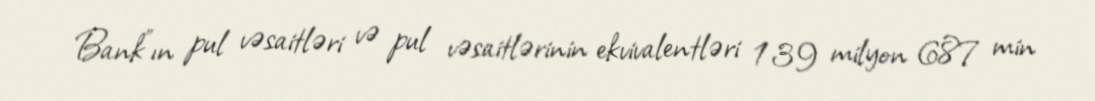
Bank”ın pul vəsaitləri və pul vəsaitlərinin ekvivalentləri 139 milyon 687 min